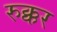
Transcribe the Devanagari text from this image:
रुक्कर